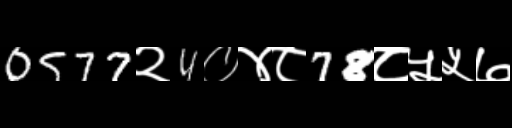
Text: 0577२4०४८78८५५७